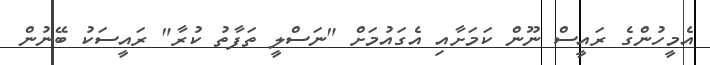
އެމީހުންގެ ރައީސް ނޫން ކަމަށާއި އެގައުމަށް "ނަސްލީ ތަފާތު ކުރާ" ރައީސަކު ބޭނުން